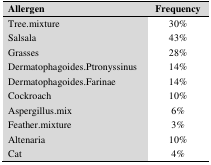
<table><thead><tr><td><b>Allergen</b></td><td><b>Frequency</b></td></tr></thead><tbody><tr><td>Tree.mixture</td><td>30%</td></tr><tr><td>Salsala</td><td>43%</td></tr><tr><td>Grasses</td><td>28%</td></tr><tr><td>Dermatophagoides.Ptronyssinus</td><td>14%</td></tr><tr><td>Dermatophagoides.Farinae</td><td>14%</td></tr><tr><td>Cockroach</td><td>10%</td></tr><tr><td>Aspergillus.mix</td><td>6%</td></tr><tr><td>Feather.mixture</td><td>3%</td></tr><tr><td>Altenaria</td><td>10%</td></tr><tr><td>Cat</td><td>4%</td></tr></tbody></table>